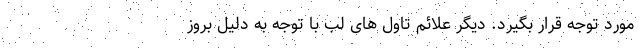
مورد توجه قرار بگیرد. دیگر علائم تاول های لب با توجه به دلیل بروز